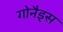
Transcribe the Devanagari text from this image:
गोनैड्स